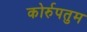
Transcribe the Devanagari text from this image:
कोर्रुपतुम